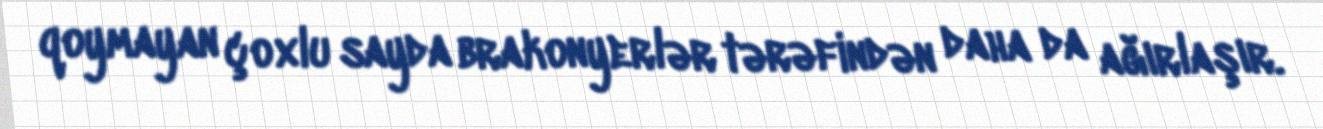
qoymayan çoxlu sayda brakonyerlər tərəfindən daha da ağırlaşır.